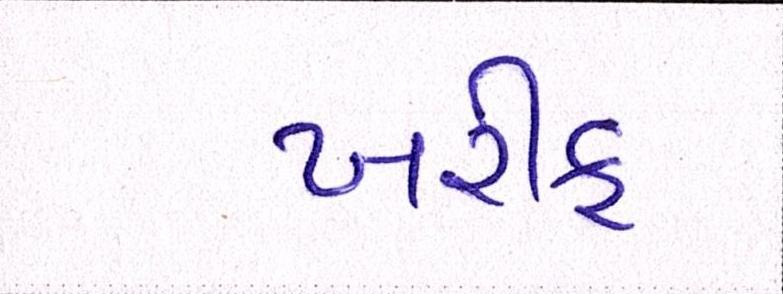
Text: ખરીફ